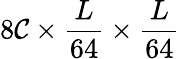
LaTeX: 8\mathcal{C}\times\frac{{L}}{{64}}\times\frac{{L}}{{64}}